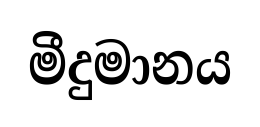
මීදුමානය